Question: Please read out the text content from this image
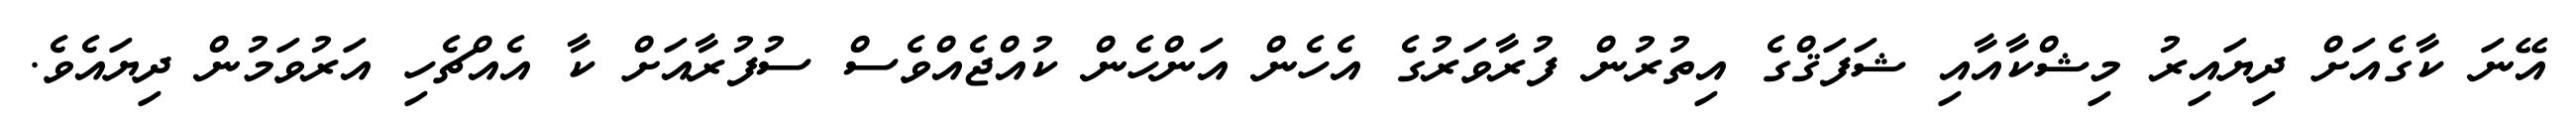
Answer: އޭނަ ކާގެއަށް ދިޔައިރު މިޝްކާއާއި ޝަފަޤްގެ އިތުރުން ފުރާވަރުގެ އެހެން އަންހެން ކުއްޖެއްވެސް ސުފުރާއަށް ކާ އެއްޗެހި އަރުވަމުން ދިޔައެވެ.